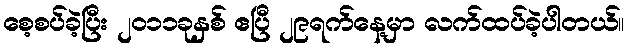
စေ့စပ်ခဲ့ပြီး ၂ဝ၁၁ခုနှစ် ဧပြီ ၂၉ရက်နေ့မှာ လက်ထပ်ခဲ့ပါတယ်။